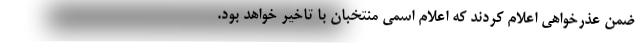
ضمن عذرخواهی اعلام کردند که اعلام اسمی منتخبان با تاخیر خواهد بود.